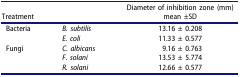
<table><thead><tr><td colspan="2"><b>Treatment</b></td><td><b>Diameter of inhibition zone (mm)mean ±SD</b></td></tr></thead><tbody><tr><td rowspan="2">Bacteria</td><td><i>B. subtilis</i></td><td>13.16 ± 0.208</td></tr><tr><td><i>E. coli</i></td><td>11.33 ± 0.577</td></tr><tr><td rowspan="3">Fungi</td><td><i>C. albicans</i></td><td>9.16 ± 0.763</td></tr><tr><td><i>F. solani</i></td><td>13.53 ± 5.774</td></tr><tr><td><i>R. solani</i></td><td>12.66 ± 0.577</td></tr></tbody></table>